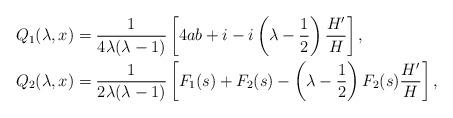
LaTeX: \begin{align*}Q_1(\lambda,x)&=\frac{1}{4\lambda(\lambda-1)}\left [4ab+i-i\left (\lambda-\frac{1}{2}\right )\frac{ H' }{H}\right],\\Q_2(\lambda,x)&=\frac{1}{2\lambda(\lambda-1)}\left [F_1(s)+F_2(s)-\left (\lambda-\frac{1}{2}\right )F_2(s)\frac{ H' }{H}\right ],\end{align*}